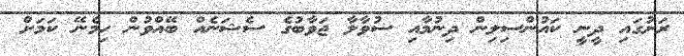
ރަށުގައި ދީނީ ކައުންސިލިން ދިނުމާއި ސުވާލާ ޖަވާބުގެ ސެޝަނެއް ބޭއްވުން ހިމެނޭ ކަމަށް